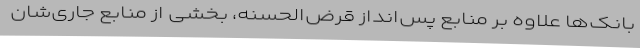
بانک‌ها علاوه بر منابع پس‌انداز قرض‌الحسنه، بخشی از منابع جاری‌شان